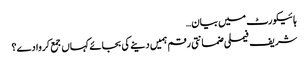
ہائیکورٹ میں بیان…
شریف فیملی ضمانتی رقم ہمیں دینے کی بجائے کہاں جمع کروا دے؟